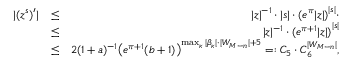
\begin{array} { r l r } { | ( z ^ { s } ) ^ { \prime } | } & { \le } & { | z | ^ { - 1 } \cdot | s | \cdot { ( e ^ { \pi } | z | ) } ^ { | s | } \cdot } \\ & { \le } & { | z | ^ { - 1 } \cdot { ( e ^ { \pi + 1 } | z | ) } ^ { | s | } } \\ & { \le } & { 2 ( 1 + a ) ^ { - 1 } { \bigl ( e ^ { \pi + 1 } ( b + 1 ) \bigr ) } ^ { \operatorname* { m a x } _ { \kappa } | \beta _ { \kappa } | \cdot | W _ { M - n } | + 5 } = : C _ { 5 } \cdot C _ { 6 } ^ { | W _ { M - n } | } , } \end{array}